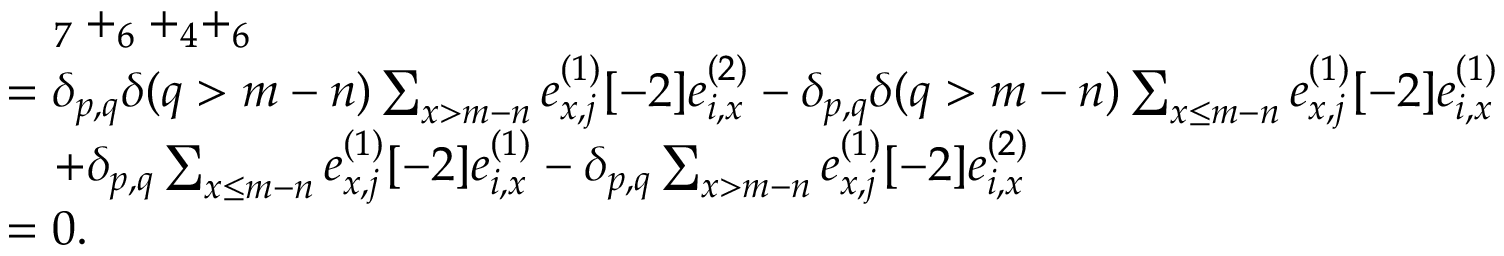
\begin{array} { r l } & { \quad _ { 7 } + _ { 6 } + _ { 4 } + _ { 6 } } \\ & { = \delta _ { p , q } \delta ( q > m - n ) \sum _ { x > m - n } e _ { x , j } ^ { ( 1 ) } [ - 2 ] e _ { i , x } ^ { ( 2 ) } - \delta _ { p , q } \delta ( q > m - n ) \sum _ { \substack { x \leq m - n } } e _ { x , j } ^ { ( 1 ) } [ - 2 ] e _ { i , x } ^ { ( 1 ) } } \\ & { \quad + \delta _ { p , q } \sum _ { \substack { x \leq m - n } } e _ { x , j } ^ { ( 1 ) } [ - 2 ] e _ { i , x } ^ { ( 1 ) } - \delta _ { p , q } \sum _ { x > m - n } e _ { x , j } ^ { ( 1 ) } [ - 2 ] e _ { i , x } ^ { ( 2 ) } } \\ & { = 0 . } \end{array}